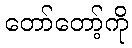
တော်တော့်ကို